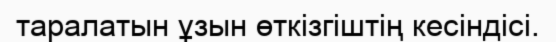
таралатын ұзын өткізгіштің кесіндісі.